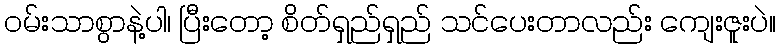
ဝမ်းသာစွာနဲ့ပါ၊ ပြီးတော့ စိတ်ရှည်ရှည် သင်ပေးတာလည်း ကျေးဇူးပဲ။